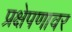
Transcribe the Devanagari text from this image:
प्रक्षेपणावर